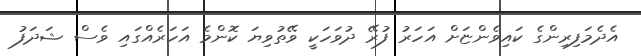
އެދެމަފިރިންގެ ކައިވެންޏަށް އަހަރު ފުރޭ ދުވަހަކީ ވޭތުވިޔަ ކޮންމެ އަހަރެއްގައި ވެސް ޝަދަފު